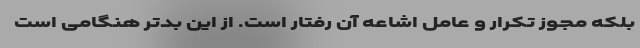
بلکه مجوز تکرار و عامل اشاعه آن رفتار است. از این بدتر هنگامی است